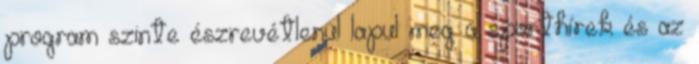
program szinte észrevétlenül lapul meg a sporthírek és az